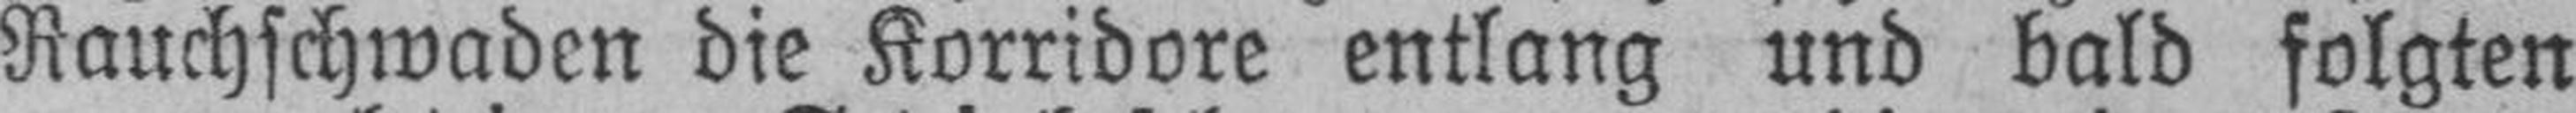
Rauchschwaden die Korridore entlang und bald folgten